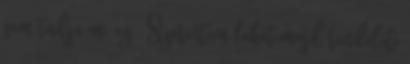
sem tudja mi az . Szerintem lehet majd rendeleti